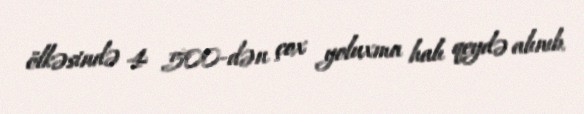
ölkəsində 4 500-dən çox yoluxma halı qeydə alınıb.